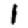
Digit: 1